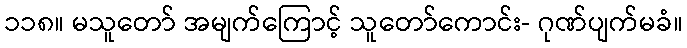
၁၁၈။ မသူတော် အမျက်ကြောင့် သူတော်ကောင်း- ဂုဏ်ပျက်မခံ။